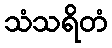
သံသရိတံ